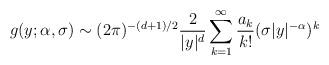
LaTeX: \begin{align*}g(y; \alpha, \sigma) \sim (2\pi)^{-(d+1)/2}\frac{2}{|y|^{d}}\sum_{k=1}^{\infty}\frac{a_{k}}{k!}(\sigma |y|^{-\alpha})^{k}\end{align*}